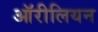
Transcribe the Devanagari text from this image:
ऑरीलियन